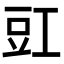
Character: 豇